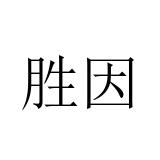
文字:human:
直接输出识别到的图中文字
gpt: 胜因